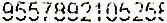
9557892105258